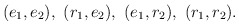
\begin{align*}(e_1, e_2),~ (r_1, e_2),~ (e_1, r_2),{}~ (r_1, r_2).\end{align*}